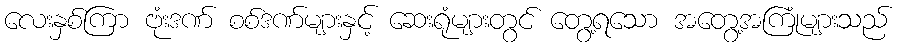
လေးနှစ်ကြာ ဗုံးဒဏ် စစ်ဒဏ်များနှင့် ဆေးရုံများတွင် တွေ့ရသော အတွေ့အကြုံများသည်